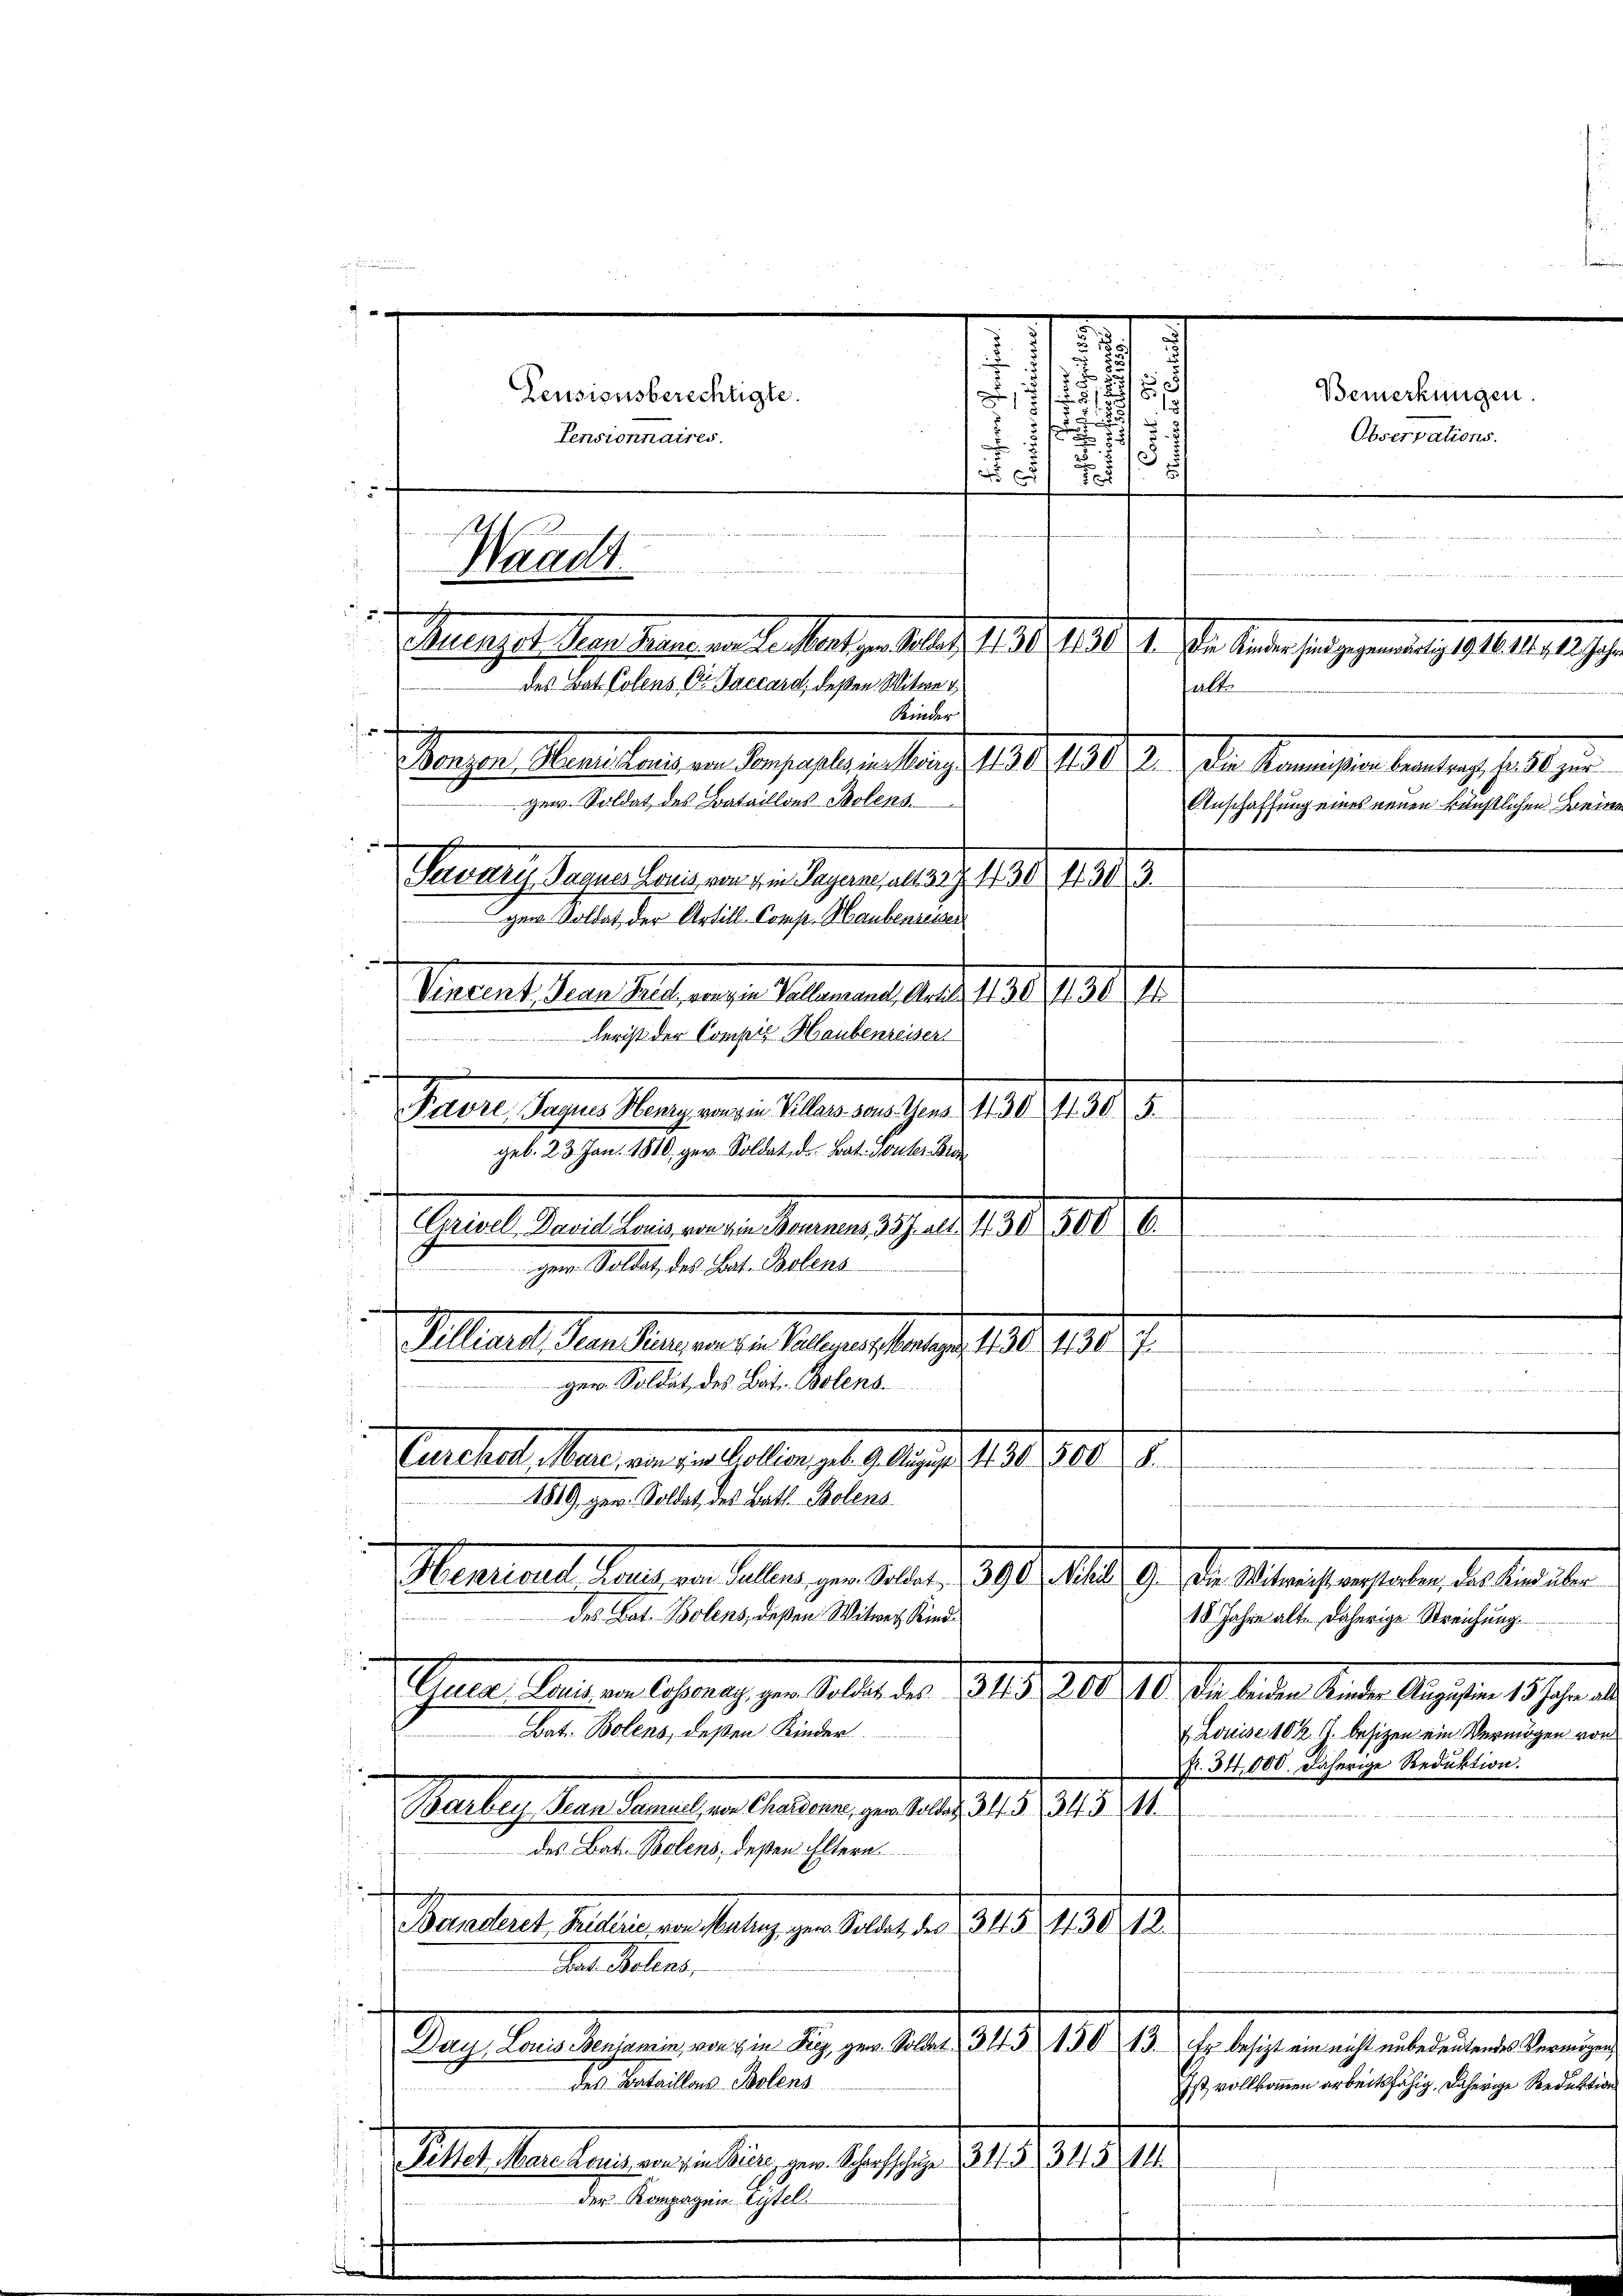
3
15
Geusionsberechtigte.
5
Pensionnaires.

  in anderer eigen den an
Waadt
Statuten
 Mengel an Gang an derart zu des Art. 18. 151. I. Ihr Mann sie gegenden 1812. 1. 1819.
falte
Weigen Marsi dass in der ersten Nach 1810. 191. 12. die Vermeisten beratung des zu
gew. Soldat des Bataillons Polens.
Anschaffung eines neuen künstlichen Bein
Powary, Sagnes Land von in Pause, aus 327. 430 (1303.
gen. Soldat der Artill-Comp. Haubensesser
a
Vacant herr Villanze Salemand ad 1. 138. II.
lerist der Compiz Haubenreiser

 Pavre, Jaques Henry von die Villars sons. Gens 1130 11305.

geb. 23. Jan. 1810. gern. Soldat d. Bat. Touter Bran
n
.

 Paterl. Mailand an die Meinen Ach auf 1 1911.
II

ger Soldat, des Bat. Bolens
 dette der bitte in den des Wenn wird aber das anderseit der
.
Geller, den Mannen u. Gegen Mag. 198. 191.
1
diater die dieser rite vo
gen. Soldet, des Bat. Bolens.
in der erst erwandt werdenden von der einer ihre Mahlenen Mart wird de
n
Tuchel, Mann an hat erlangen 9. 19. d. 12. 1910.
.
1819, ger. Soldat, des Batt. Polens
Meurient Land an Fallen zur Mart. 1901 Al. 19. d. M. nach erstehen, das an ein
des Not. Bolens, deßen Witwe Kind
18 Jahre alt. Daherige Streichung.
Thee beigen Ahnung zur Stelle des 1819. 210. 10. d. Meinen Karte Augsten 1819.
Bat. Bolens, deßen Kinder.
& Louise 10 ½ G. besizen ein Vermögen von
Nr. 34,000. Daherige Reduktion.
Martig der halten Handeren, zu betr. 15. 1818. M.
des Bat. Bolens, deßen Eltern
Buntauch, Billen, von Verlang gen Sale, der 310. 198. 18

dat Petent
Dach Laus densame, von ein Rig, gen. Solle 345, 150. 13. Er besit ein nicht unbedeutende Vermögen,
des Bataillons Bolens
That den lassenen u. ein Gesetze, 1819, 1818. 141.
der Kompagnie Listel

des Bat. Polens Ei Poccard, deßen Witwe
Kinder

.
.
 x

25

.
7

Bemerkungen.
Observations.

Ist vollkommen arbeitsfähig, daherige Reduktion